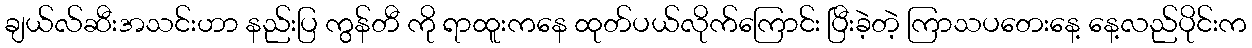
ချယ်လ်ဆီးအသင်းဟာ နည်းပြ ကွန်တီ ကို ရာထူးကနေ ထုတ်ပယ်လိုက်ကြောင်း ပြီးခဲ့တဲ့ ကြာသပတေးနေ့ နေ့လည်ပိုင်းက